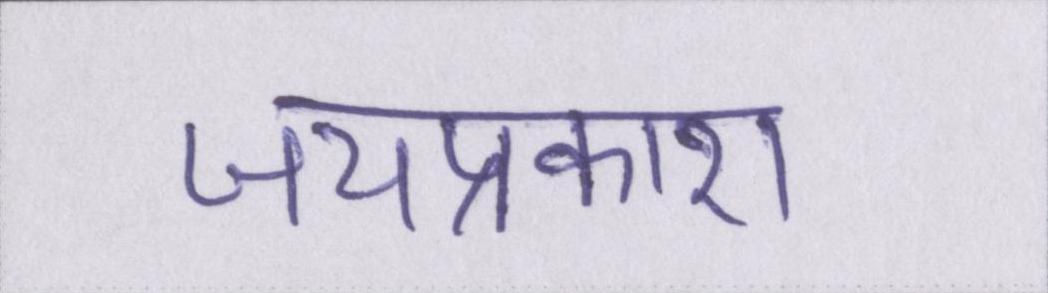
जयप्रकाश